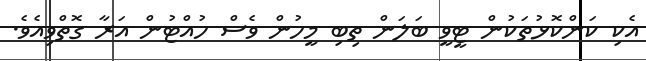
އެކި ކަންކޮޅުތަކުން ޓީވީ ބަލަން ތިބި މީހުން ވެސް ހުއްޓުން އަރާ ގޮތްވިއެވެ.